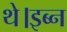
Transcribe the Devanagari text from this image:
थे।इब्न